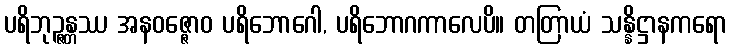
ပရိဘုဉ္ဇန္တဿ အနဝဇ္ဇောဝ ပရိဘောဂေါ, ပရိဘောဂကာလေပိ။ တတြာယံ သန္နိဋ္ဌာနကရော